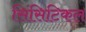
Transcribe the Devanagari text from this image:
सिंसिटिकल